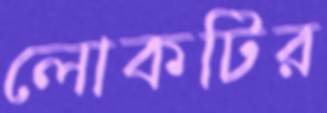
লোকটির